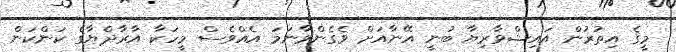
މީގެ އިތުރުން އައިޝްވާރިޔާ ބުނީ އޭނާއަށް ވެގެންވާނަމަ އެއްވެސް މީހަކާ އާރާދްޔާގެ ކަންކަން